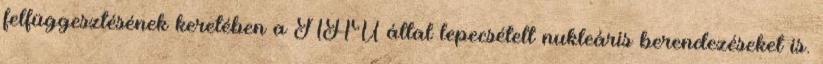
felfüggesztésének keretében a NAÜ által lepecsételt nukleáris berendezéseket is.